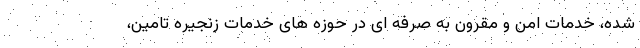
شده، خدمات امن و مقرون به صرفه ای در حوزه های خدمات زنجیره تامین،